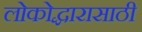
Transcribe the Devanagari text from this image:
लोकोद्धारासाठी